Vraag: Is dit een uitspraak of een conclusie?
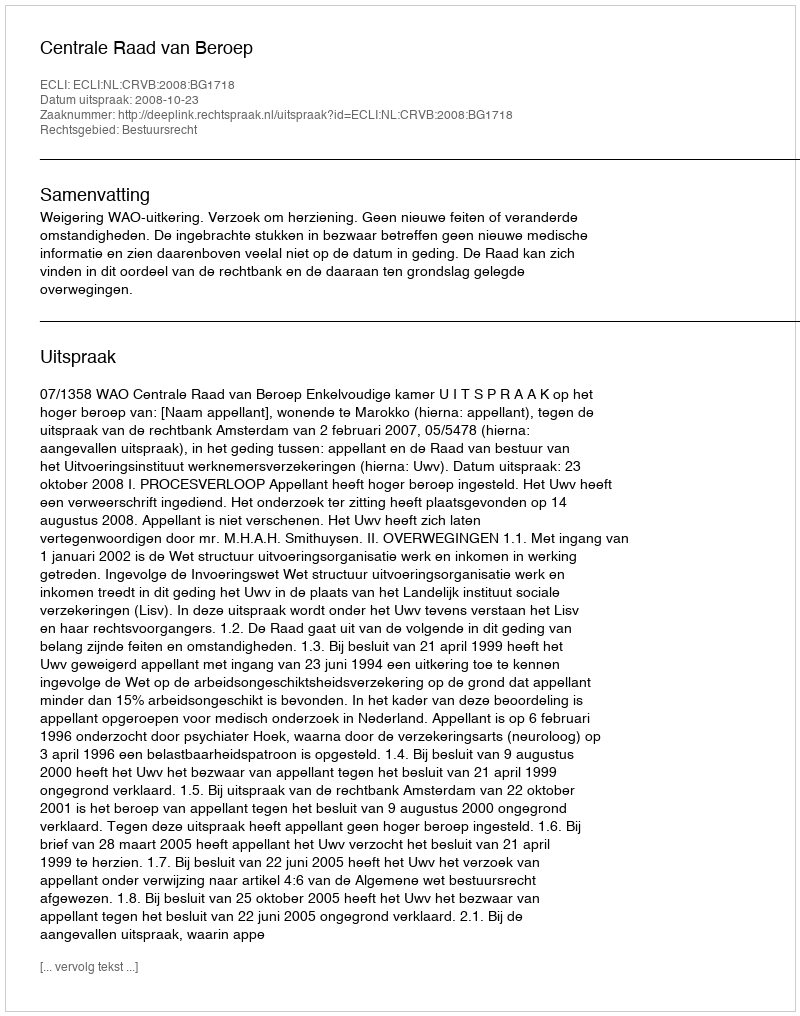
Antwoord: Uitspraak